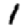
Digit: 1